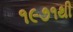
૧૯૭૧થી